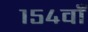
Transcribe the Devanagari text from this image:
१५४वाँ